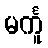
မင်္ကူ